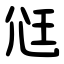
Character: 尩